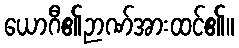
ယောဂီ၏ဉာဏ်အားထင်၏။